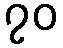
၇၀